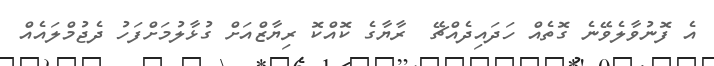
އެ ފޮނުވާލެވޭނެ ގޮތެއް ހަދައިދެއްޗޭ  ރާޔާގެ ކޮއްކޮ ރިޔާޒްއަށް ގުޅާލުމަށްފަހު ދެޖުމްލައެއް